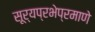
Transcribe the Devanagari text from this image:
सूर्यप्रभेप्रमाणे